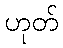
ဟုတ်